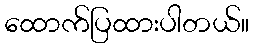
ထောက်ပြထားပါတယ်။